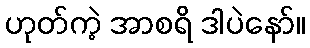
ဟုတ်ကဲ့ အာစရိ ဒါပဲနော်။